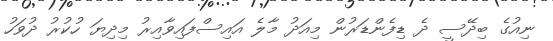
ނިއުގެ ބިދޭސީ ދެ ޑިފެންޑަރުން މިއަދު މާލެ އައިސްފައިވާއިރު މިދިޔަ ހުކުރު ދުވަހު